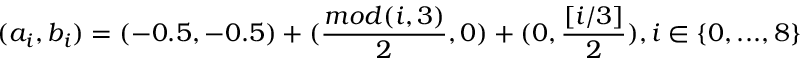
( a _ { i } , b _ { i } ) = ( - 0 . 5 , - 0 . 5 ) + ( \frac { m o d ( i , 3 ) } { 2 } , 0 ) + ( 0 , \frac { [ i / 3 ] } { 2 } ) , i \in \{ 0 , . . . , 8 \}